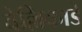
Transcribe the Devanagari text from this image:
वेल्लिकाडे